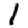
Digit: 1